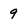
Character: 9